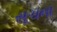
સૂચના